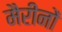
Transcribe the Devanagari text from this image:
मैरीनों